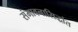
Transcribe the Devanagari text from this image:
संभावनासिद्धांत